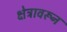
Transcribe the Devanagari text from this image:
क्षेत्रावरून